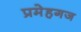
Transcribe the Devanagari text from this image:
प्रमेहगज